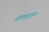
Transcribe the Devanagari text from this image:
समब्रदाय